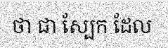
ថា ជា ស្បែក ដែល